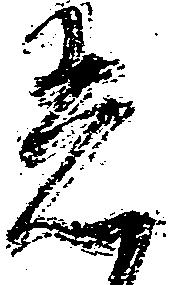
着